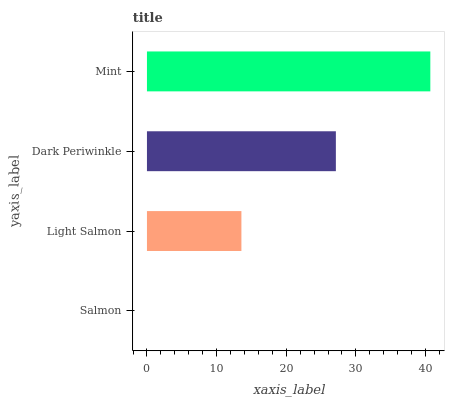
| yaxis_label | bars |
 | --- | --- |
 | Salmon | 0 |
 | Light Salmon | 13.6 |
 | Dark Periwinkle | 27.1 |
 | Mint | 40.7 |